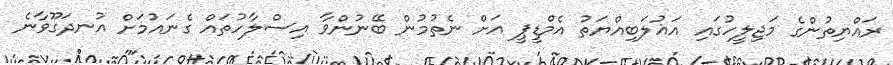
ރައްޔިތުންގެ މަޖިލީހުގައި އަޣުލަބިއްޔަތު އެމްޑީޕީ އަށް ނެތުމުން ބޭނުންވާ އިސްލާހުތައް ގެނައުމަށް އުނދަގޫވާނެ